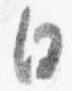
日